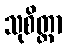
သုစိတ္တာ